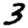
Digit: 3